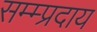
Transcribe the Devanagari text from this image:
सम्म्प्रदाय